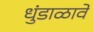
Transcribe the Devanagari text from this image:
धुंडाळावे